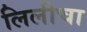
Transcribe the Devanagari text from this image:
लिलीचा